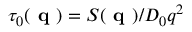
\tau _ { 0 } ( \textbf { q } ) = S ( \textbf { q } ) / D _ { 0 } q ^ { 2 }